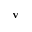
\mathbf { v }